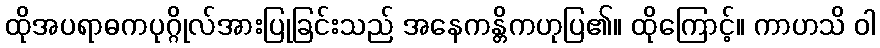
ထိုအပရာဓကပုဂ္ဂိုလ်အားပြုခြင်းသည် အနေကန္တိကဟုပြ၏။ ထိုကြောင့်။ ကာဟသိ ဝါ